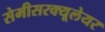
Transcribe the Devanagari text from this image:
सेमीसरक्यूलेयर